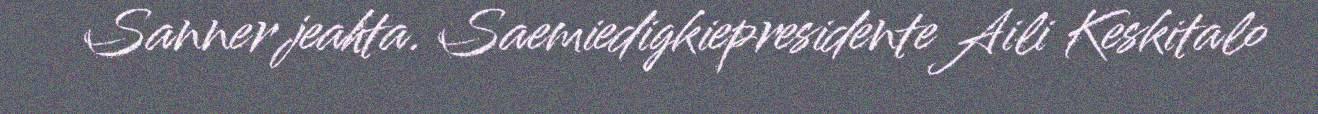
Sanner jeahta. Saemiedigkiepresidente Aili Keskitalo